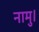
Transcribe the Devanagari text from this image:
नामु।